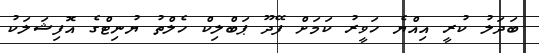
ބަދަލު ކުރީ އިއްޔެ ހަވީރު ކަމަށް ފޭދޫ ޕަބްލިކް ހެލްތު ޔުނިޓްގެ އޮފިޝަލަކު